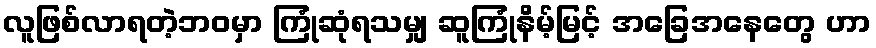
လူဖြစ်လာရတဲ့ဘဝမှာ ကြုံဆုံရသမျှ ဆူကြုံနိမ့်မြင့် အခြေအနေတွေ ဟာ